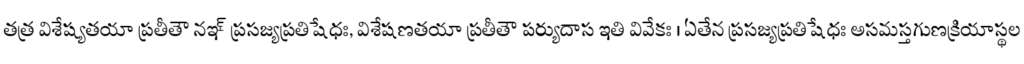
తత్ర విశేష్యతయా ప్రతీతౌ నఞ్ ప్రసజ్యప్రతిషేధః, విశేషణతయా ప్రతీతౌ పర్యుదాస ఇతి వివేకః । ఏతేన ప్రసజ్యప్రతిషేధః అసమస్తగుణక్రియాస్థల